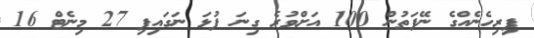
ފިރިހެނެއްގެ ނޭފަތުން 100 އަށްވުރެ ގިނަ ފުޅަ ނަގައިފި 27 މިނެޓް 16